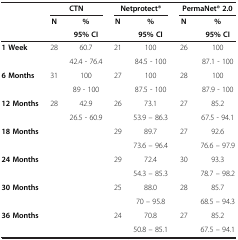
|  | <COLSPAN=2> CTN | <COLSPAN=2> Netprotect® | <COLSPAN=2> PermaNet® 2.0 |
 |  | N | % | N | % | N | % |
 |  |  | 95% CI |  | 95% CI |  | 95% CI |
 | --- | --- | --- | --- | --- | --- | --- |
 | <ROWSPAN=2> 1 Week | <ROWSPAN=2> 28 | 60.7 | <ROWSPAN=2> 21 | 100 | <ROWSPAN=2> 26 | 100 |
 | 42.4 - 76.4 | 84.5 - 100 | 87.1 - 100 |
 | <ROWSPAN=2> 6 Months | <ROWSPAN=2> 31 | 100 | <ROWSPAN=2> 27 | 100 | <ROWSPAN=2> 28 | 100 |
 | 89 - 100 | 87.5 - 100 | 87.9 - 100 |
 | <ROWSPAN=2> 12 Months | <ROWSPAN=2> 28 | 42.9 | <ROWSPAN=2> 26 | 73.1 | <ROWSPAN=2> 27 | 85.2 |
 | 26.5 - 60.9 | 53.9 – 86.3 | 67.5 - 94.1 |
 | <ROWSPAN=2> 18 Months | <ROWSPAN=2>  |  | <ROWSPAN=2> 29 | 89.7 | <ROWSPAN=2> 27 | 92.6 |
 |  | 73.6 – 96.4 | 76.6 – 97.9 |
 | <ROWSPAN=2> 24 Months | <ROWSPAN=2>  |  | <ROWSPAN=2> 29 | 72.4 | <ROWSPAN=2> 30 | 93.3 |
 |  | 54.3 – 85.3 | 78.7 – 98.2 |
 | <ROWSPAN=2> 30 Months | <ROWSPAN=2>  |  | <ROWSPAN=2> 25 | 88.0 | <ROWSPAN=2> 28 | 85.7 |
 |  | 70 – 95.8 | 68.5 – 94.3 |
 | <ROWSPAN=2> 36 Months | <ROWSPAN=2>  |  | <ROWSPAN=2> 24 | 70.8 | <ROWSPAN=2> 27 | 85.2 |
 |  | 50.8 – 85.1 | 67.5 – 94.1 |